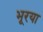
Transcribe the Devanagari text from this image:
भूरया